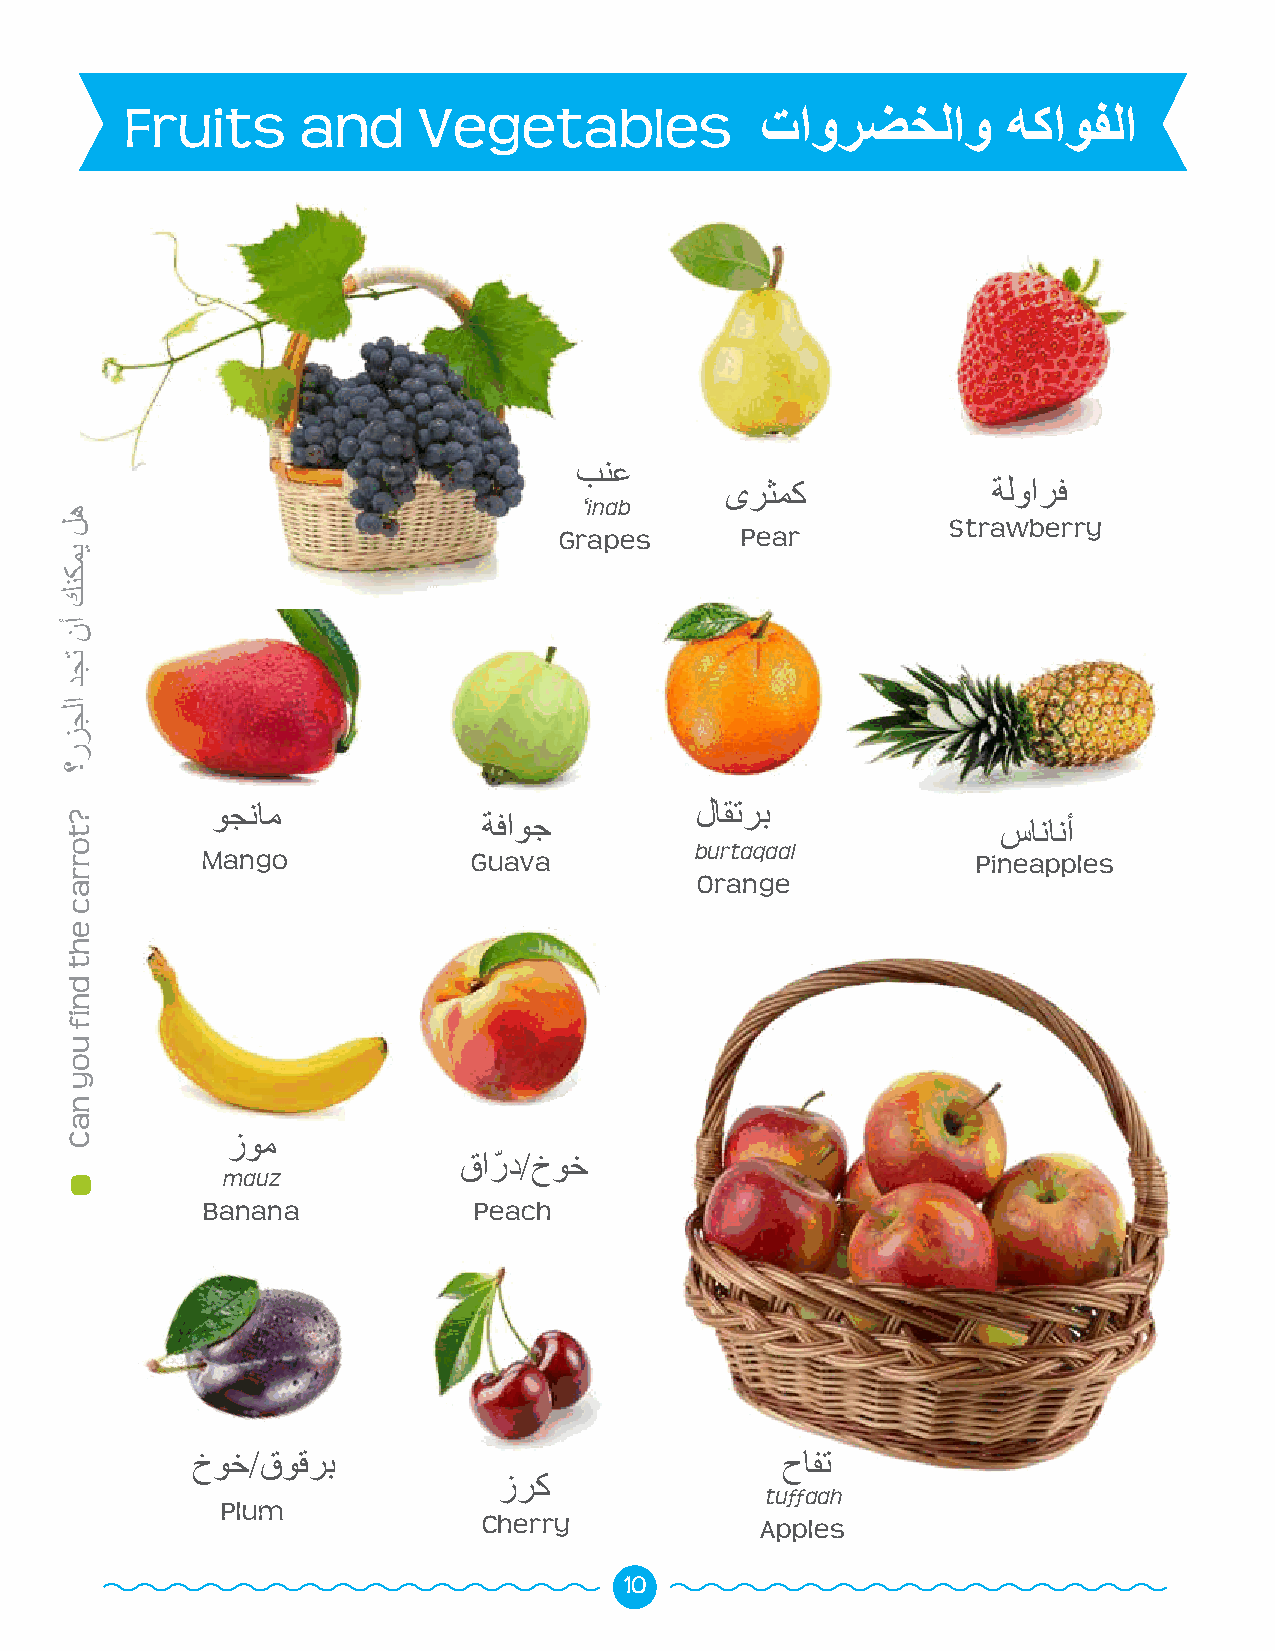
Fruits      and     Vegetables            تاورضخلاو        هكاوفلا
 بنع
 ىرثمك             ةلوارف
 ‘inab
 Strawberry
 Grapes      Pear
 وجنام                           لاقترب ةفاوج        سانانأ
 burtaqaal
 Mango             Guava                             Pineapples
 Orange
 زوم
 قارّد/خوخ
 mauz
 Banana            Peach
 خوخ/قوقرب                              حافت
 زرك
 tuffaah
 Plum
 Cherry            Apples
 10
 هل
 يمكنك
 أن
 تجد
 الجزر؟
 ?torrac
 eht
 dnif
 uoy
 naC